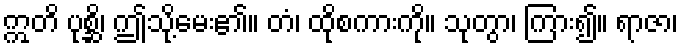
ဣတိ ပုစ္ဆိ၊ ဤသို့မေး၏။ တံ၊ ထိုစကားကို။ သုတွာ၊ ကြား၍။ ရာဇာ၊